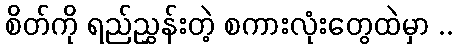
စိတ်ကို ရည်ညွှန်းတဲ့ စကားလုံးတွေထဲမှာ ..